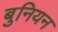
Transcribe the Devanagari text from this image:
बुनियन